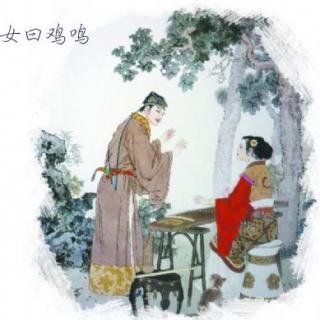
女曰鸡鸣，士曰昧旦。